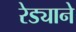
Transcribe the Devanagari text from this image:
रेड्याने